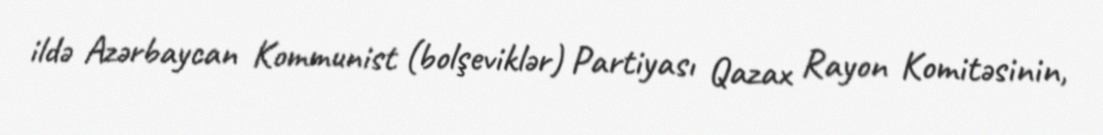
ildə Azərbaycan Kommunist (bolşeviklər) Partiyası Qazax Rayon Komitəsinin,